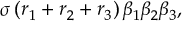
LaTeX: [ G ( r ) , K ( s ) ] _ { + } = 2 B ( r + s ) , \quad [ L ( m ) , K ( r ) ] = ( \frac { m } { 2 } - r ) K ( r + m )